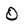
Character: O